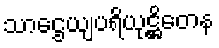
သာဌေယျပရိယုဋ္ဌိတေန